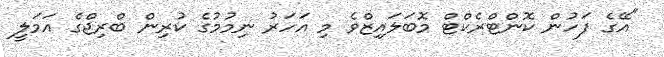
"އޭގެ ފަހުން ކޮންޓްރެކްޓް މޮބަލައިޒްވެ މި އަހަރު ނިމުމުގެ ކުރިން ބްރިޖްގެ އަމަލީ